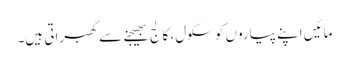
مائیں اپنے پیاروں کو سکول، کالج بھیجنے سے گھبراتی ہیں۔